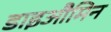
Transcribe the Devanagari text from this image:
डाइऔमिन